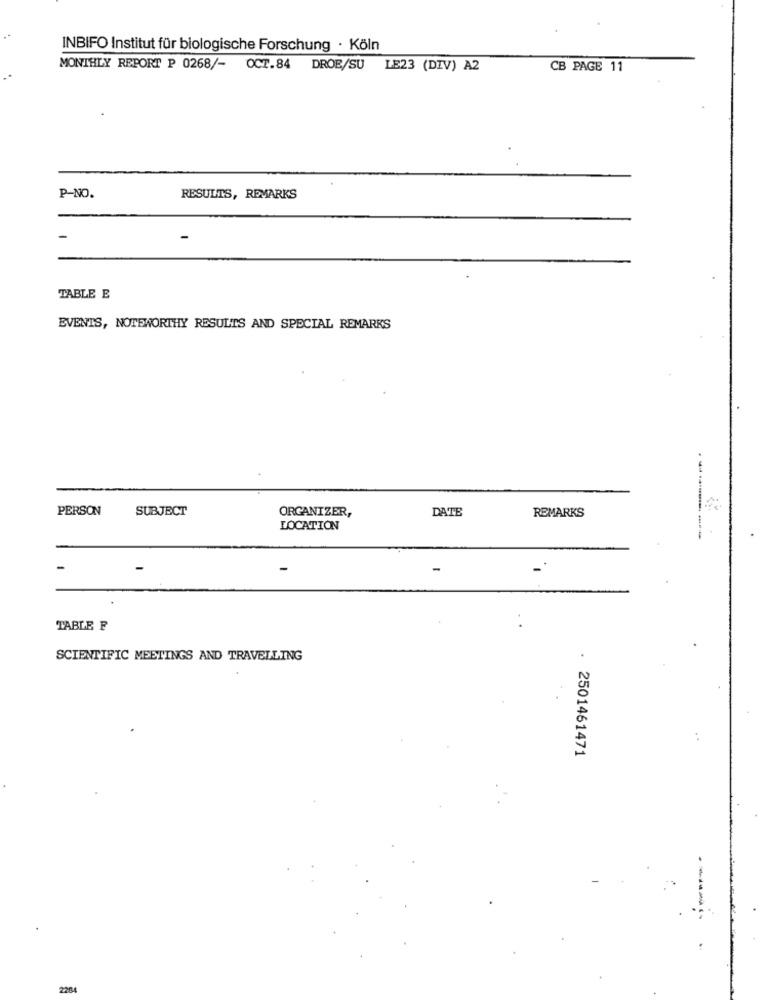
INBIFO Institut für biologische Forschung · Köln
MONTHLY REPORT P 0268/- OCT.84 DROE/SU LE23 (DIV) A2
CB PAGE 11
P-NO.
RESULTS, REMARKS
TABLE E
EVENTS, NOTEWORTHY RESULTS AND SPECIAL REMARKS
PERSON
SUBJECT
ORGANIZER,
DATE
REMARKS
LOCATION
TABLE F
SCIENTIFIC MEETINGS AND TRAVELLING
2501461471
220